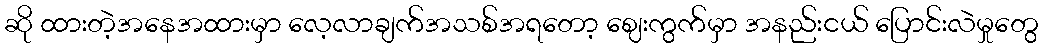
ဆို ထားတဲ့အနေအထားမှာ လေ့လာချက်အသစ်အရတော့ ဈေးကွက်မှာ အနည်းငယ် ပြောင်းလဲမှုတွေ